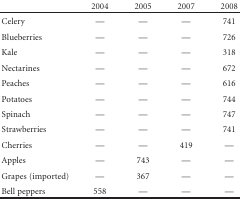
|  | 2004 | 2005 | 2007 | 2008 |
 | --- | --- | --- | --- | --- |
 | Celery | — | — | — | 741 |
 | Blueberries | — | — | — | 726 |
 | Kale | — | — | — | 318 |
 | Nectarines | — | — | — | 672 |
 | Peaches | — | — | — | 616 |
 | Potatoes | — | — | — | 744 |
 | Spinach | — | — | — | 747 |
 | Strawberries | — | — | — | 741 |
 | Cherries | — | — | 419 | — |
 | Apples | — | 743 | — | — |
 | Grapes (imported) | — | 367 | — | — |
 | Bell peppers | 558 | — | — | — |